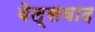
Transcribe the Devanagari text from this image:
वेल्सवाद